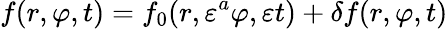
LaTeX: f(r,\varphi,t)=f_{0}(r,\varepsilon^{a}\varphi,\varepsilon t)+\delta f(r,\varphi,t)